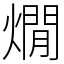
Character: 燗